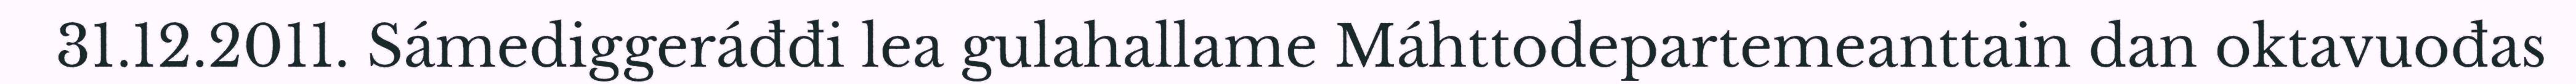
31.12.2011. Sámediggeráđđi lea gulahallame Máhttodepartemeanttain dan oktavuođas